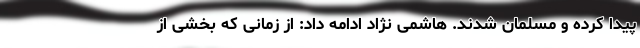
پیدا کرده و مسلمان شدند. هاشمی نژاد ادامه داد: از زمانی که بخشی از